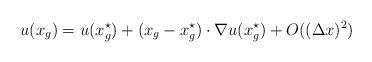
LaTeX: \begin{align*}u(x_g) = u(x_g^{\star}) + (x_g-x_g^{\star})\cdot \nabla u (x_g^{\star}) + O((\Delta x)^2)\end{align*}